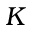
K